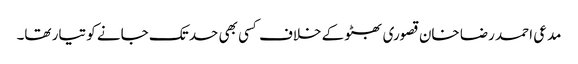
مدعی احمد رضا خان قصوری بھٹو کے خلاف کسی بھی حد تک جانے کو تیار تھا۔